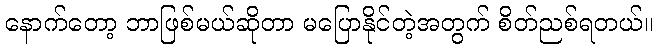
နောက်တော့ ဘာဖြစ်မယ်ဆိုတာ မပြောနိုင်တဲ့အတွက် စိတ်ညစ်ရတယ်။